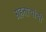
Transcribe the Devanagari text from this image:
ग्रहताऱ्यांची